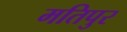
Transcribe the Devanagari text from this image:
मतिपुर